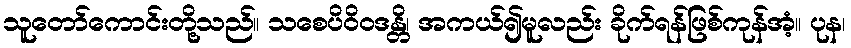
သူတော်ကောင်းတို့သည်။ သစေပိဝိဝဒန္တိ၊ အကယ်၍မူလည်း ခိုက်ရန်ဖြစ်ကုန်အံ့။ ပုန၊